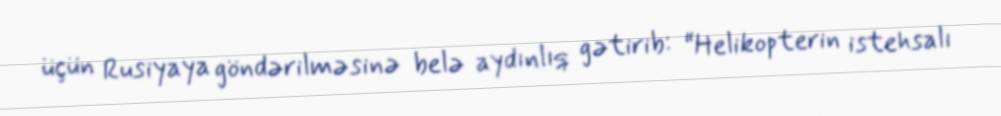
üçün Rusiyaya göndərilməsinə belə aydınlıq gətirib: “Helikopterin istehsalı